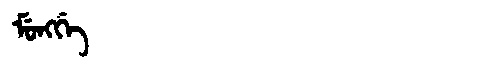
Manchu: ᠮᡠᠩᡤᡝ
Romanization: MUNGGE